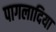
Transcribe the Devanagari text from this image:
पागलादिया